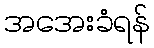
အအေးခံရန်